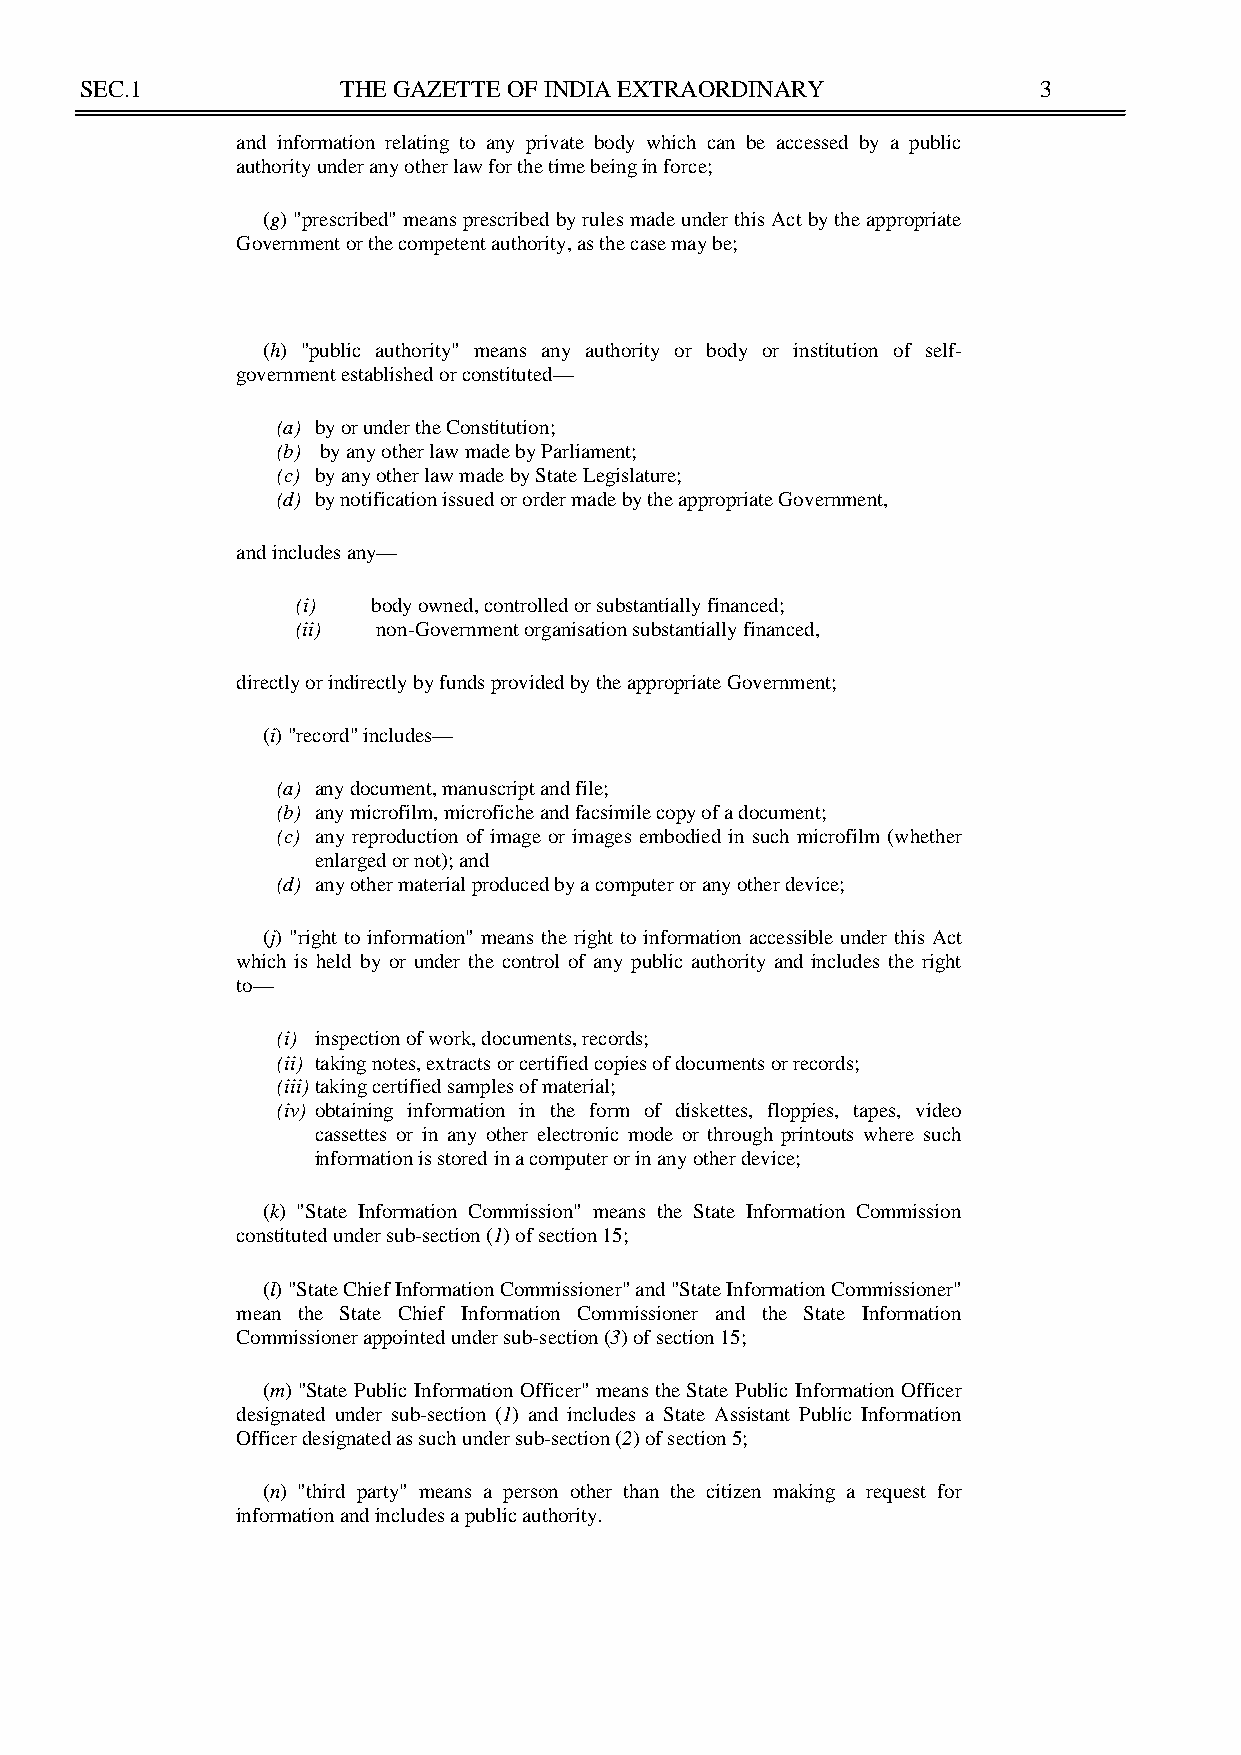
SEC.1             THE GAZETTE OF INDIA EXTRAORDINARY            3
 and information relating to any private body which can be accessed by a public
 authority under any other law for the time being in force;
 (g) "prescribed" means prescribed by rules made under this Act by the appropriate
 Government or the competent authority, as the case may be;
 (h) "public authority" means any authority or body or institution of self-
 government established or constituted—
 (a) by or under the Constitution;
 (b) by any other law made by Parliament;
 (c) by any other law made by State Legislature;
 (d) by notification issued or order made by the appropriate Government,
 and includes any—
 (i)  body owned, controlled or substantially financed;
 (ii) non-Government organisation substantially financed,
 directly or indirectly by funds provided by the appropriate Government;
 (i) "record" includes—
 (a) any document, manuscript and file;
 (b) any microfilm, microfiche and facsimile copy of a document;
 (c) any reproduction of image or images embodied in such microfilm (whether
 enlarged or not); and
 (d) any other material produced by a computer or any other device;
 (j) "right to information" means the right to information accessible under this Act
 which is held by or under the control of any public authority and includes the right
 to—
 (i) inspection of work, documents, records;
 (ii) taking notes, extracts or certified copies of documents or records;
 (iii) taking certified samples of material;
 (iv) obtaining information in the form of diskettes, floppies, tapes, video
 cassettes or in any other electronic mode or through printouts where such
 information is stored in a computer or in any other device;
 (k) "State Information Commission" means the State Information Commission
 constituted under sub-section (1) of section 15;
 (l) "State Chief Information Commissioner" and "State Information Commissioner"
 mean the State Chief Information Commissioner and the State Information
 Commissioner appointed under sub-section (3) of section 15;
 (m) "State Public Information Officer" means the State Public Information Officer
 designated under sub-section (1) and includes a State Assistant Public Information
 Officer designated as such under sub-section (2) of section 5;
 (n) "third party" means a person other than the citizen making a request for
 information and includes a public authority.